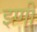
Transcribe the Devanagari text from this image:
इणी